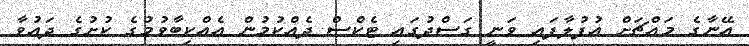
އޭނާގެ މައްޗަށް އުފުލާފައި ވަނީ ގަސްދުގައި ޓެކްސް ދެއްކުމުން އެއްކިބާވުމުގެ ކުށުގެ ދައުވާ